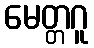
မေတ္တဂူ